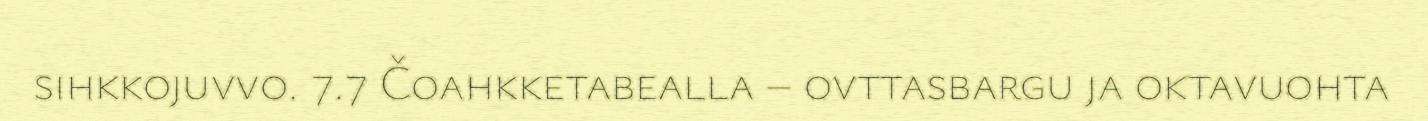
sihkkojuvvo. 7.7 Čoahkketabealla – ovttasbargu ja oktavuohta